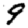
Digit: 9